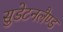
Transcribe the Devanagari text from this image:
सुडेटनलैण्ड